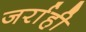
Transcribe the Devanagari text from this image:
जर्राही